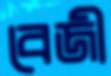
বেজী